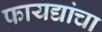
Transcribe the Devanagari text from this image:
फायद्यांचा